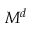
M ^ { d }